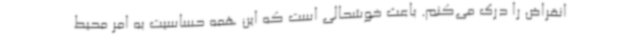
انقراض را درک می‌کنم. باعث خوشحالی است که این همه حساسیت به امر محیط